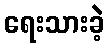
ရေးသားခဲ့